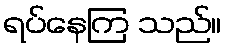
ရပ်နေကြ သည်။